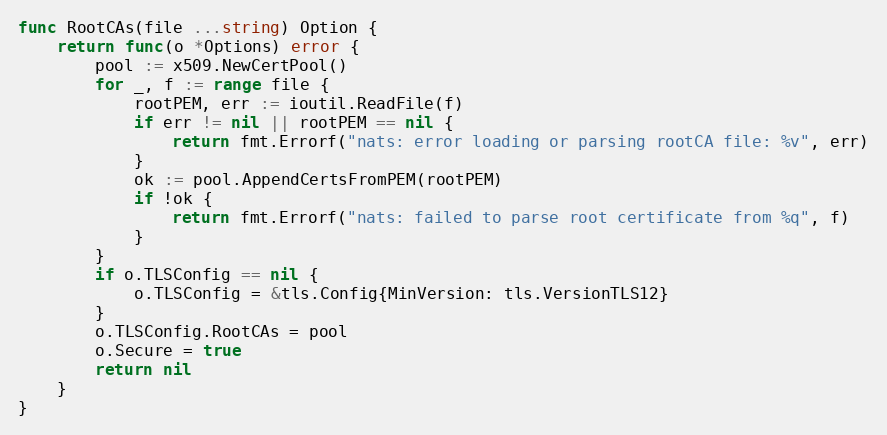
Language: Go
func RootCAs(file ...string) Option {
	return func(o *Options) error {
		pool := x509.NewCertPool()
		for _, f := range file {
			rootPEM, err := ioutil.ReadFile(f)
			if err != nil || rootPEM == nil {
				return fmt.Errorf("nats: error loading or parsing rootCA file: %v", err)
			}
			ok := pool.AppendCertsFromPEM(rootPEM)
			if !ok {
				return fmt.Errorf("nats: failed to parse root certificate from %q", f)
			}
		}
		if o.TLSConfig == nil {
			o.TLSConfig = &tls.Config{MinVersion: tls.VersionTLS12}
		}
		o.TLSConfig.RootCAs = pool
		o.Secure = true
		return nil
	}
}